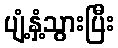
ပျံ့နှံ့သွားပြီး